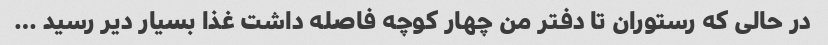
در حالی که رستوران تا دفتر من چهار کوچه فاصله داشت غذا بسیار دیر رسید …